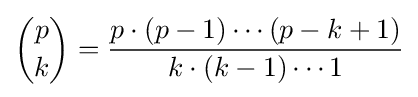
{\binom {p}{k}}={\frac {p\cdot (p-1)\cdots (p-k+1)}{k\cdot (k-1)\cdots 1}}